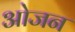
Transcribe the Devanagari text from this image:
ओजन